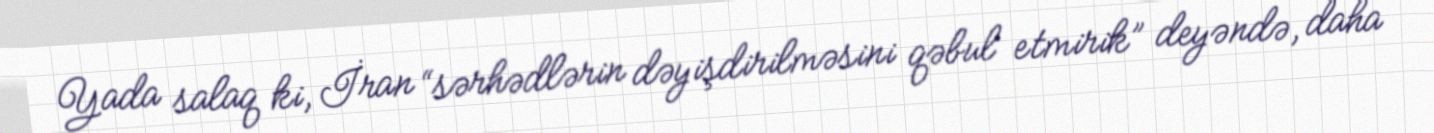
Yada salaq ki, İran “sərhədlərin dəyişdirilməsini qəbul etmirik” deyəndə, daha